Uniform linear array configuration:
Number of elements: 64
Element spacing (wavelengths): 0.5
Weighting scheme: cosine
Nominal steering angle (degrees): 30
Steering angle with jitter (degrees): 31.944
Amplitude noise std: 0.05
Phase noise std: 0.05

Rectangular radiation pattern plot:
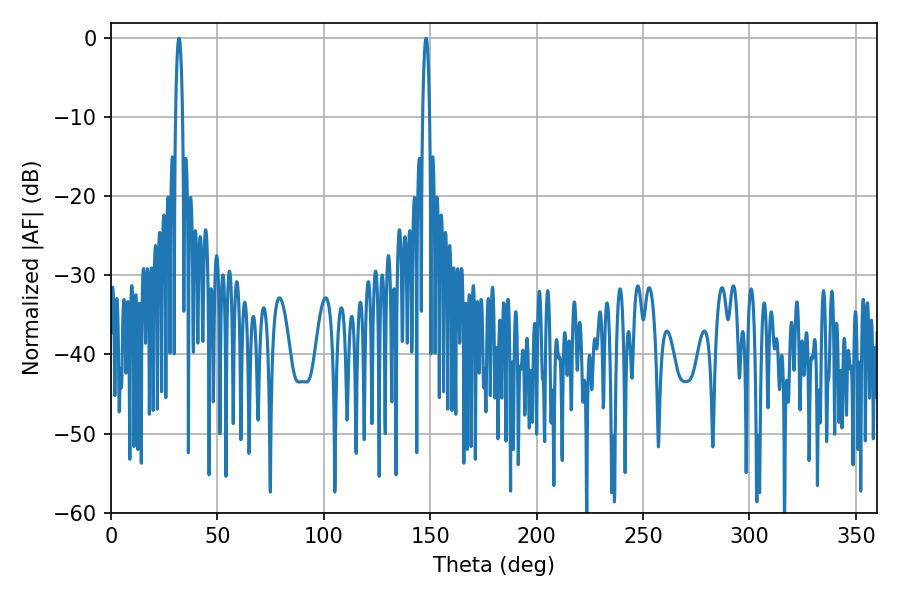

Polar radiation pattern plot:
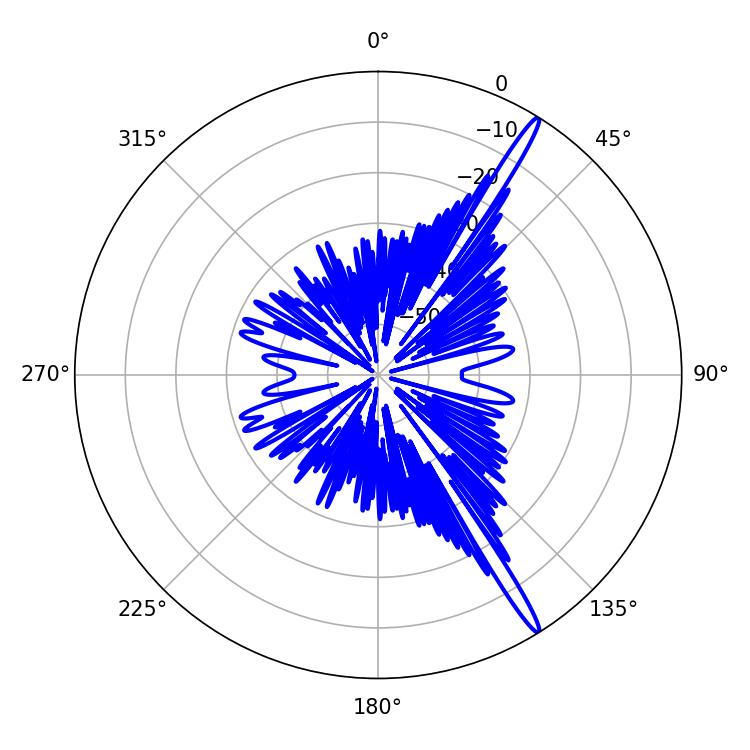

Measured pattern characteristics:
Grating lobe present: FALSE
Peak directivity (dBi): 17.068
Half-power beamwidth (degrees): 1.62
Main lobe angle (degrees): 148.14